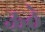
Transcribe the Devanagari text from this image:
ऊठे